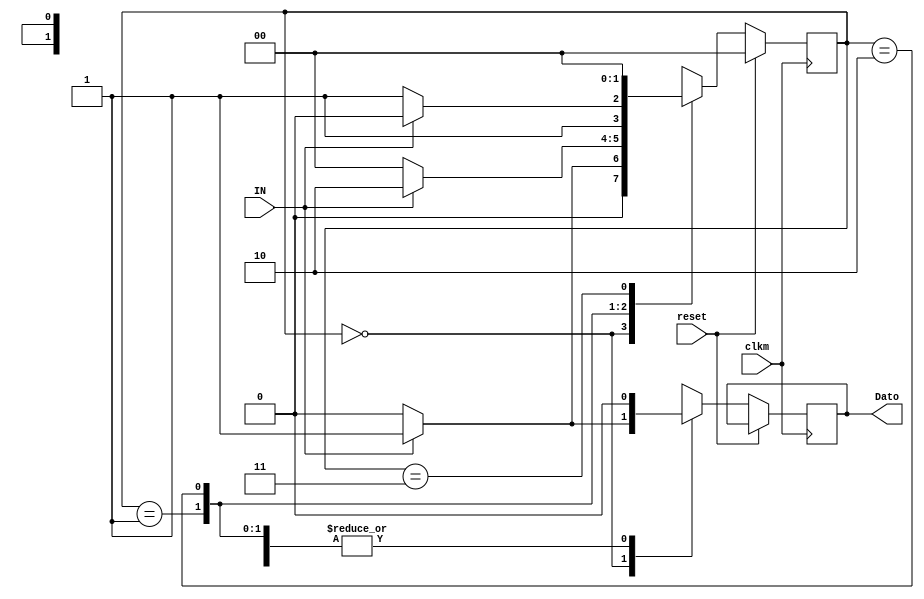
`timescale 1ns / 1ps
//////////////////////////////////////////////////////////////////////////////////
// Company: 
// Engineer: 
// 
// Design Name: 
// Module Name:    Control_dato 
// Project Name: 
// Target Devices: 
// Tool versions: 
// Description: 
//
// Dependencies: 
//
// Revision: 
// Revision 0.01 - File Created
// Additional Comments: 
//
//////////////////////////////////////////////////////////////////////////////////
module Control_dato(
    input wire clkm, reset,
    input wire IN,
    output wire Dato
    );

   parameter a	= 2'b00;
   parameter b = 2'b01;
   parameter c = 2'b10;
   parameter d = 2'b11;
 
	reg [1:0] state = a;
	reg salida;

   always@(posedge clkm)
      if (reset) begin
         state <= a;
      end
      else begin
          case (state)
            a : begin
               if (IN) begin
                  state <= b;
						salida <=1'b1; end
               else begin
                  state <= a;
						salida <=1'b0; end
            end
            b : begin
               if (IN) begin
                  state <= c;
						salida <=1'b0; end
               else begin
                  state <= a;
						salida <=1'b0; end
            end
            c : begin
               if (IN) begin
                  state <= c;
						salida <=1'b0; end
               else begin
                  state <= d;
						salida <=1'b0; end
            end
            d : begin
               if (~IN) begin
                  state <= a;
						salida <=1'b0; end
               else begin
                  state <= a;
						salida <=1'b0; end
            end
         endcase
end
   
	assign Dato= salida;



endmodule